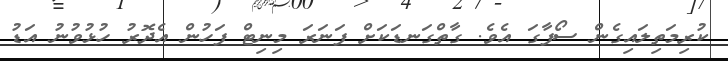
ކުރިމަތިލައިގެން ސޯފާގަ އެވެ. ގާތްގަނޑަކަށް ފަނަރަ މިނިޓް ފަހުން އެދޮރު ހުޅުވުނު އަޑު